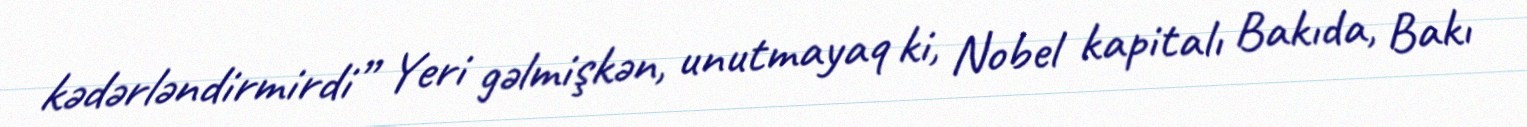
kədərləndirmirdi” Yeri gəlmişkən, unutmayaq ki, Nobel kapitalı Bakıda, Bakı